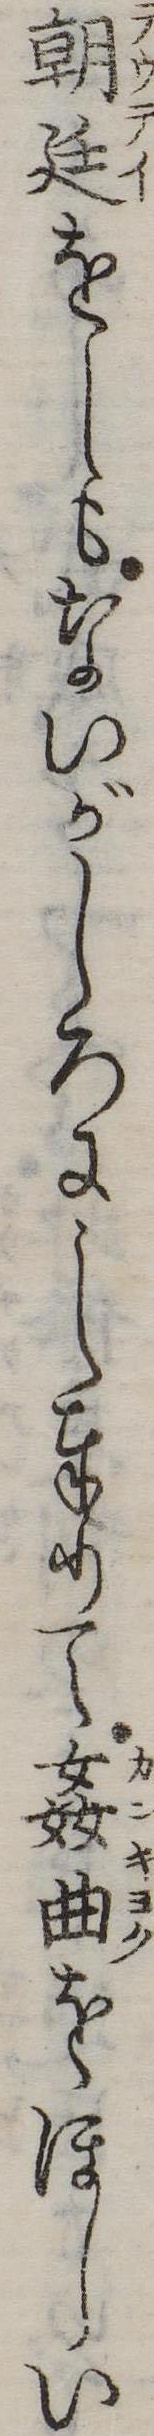
朝廷をしもないがしろにし奉りて奸曲をほしい